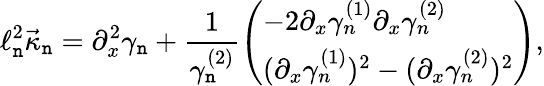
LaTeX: \ell_{\mathtt{n}}^{2}\vec{{\kappa}}_{\mathtt{n}}=\partial_{x}^{2}\gamma_{\mathtt{n}}+\frac{{1}}{{\gamma_{\mathtt{n}}^{(2)}}}\left(\begin{array}{l}{-2\partial_{x}\gamma_{n}^{(1)}\partial_{x}\gamma_{n}^{(2)}}\\ {(\partial_{x}\gamma_{n}^{(1)})^{2}-(\partial_{x}\gamma_{n}^{(2)})^{2}}\end{array}\right),